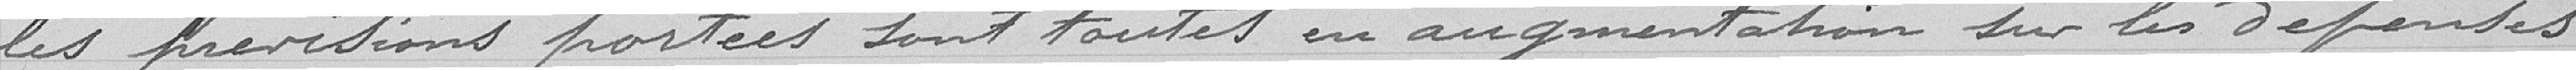
les provisions portées sont toutes en augmentation sur les dépenses